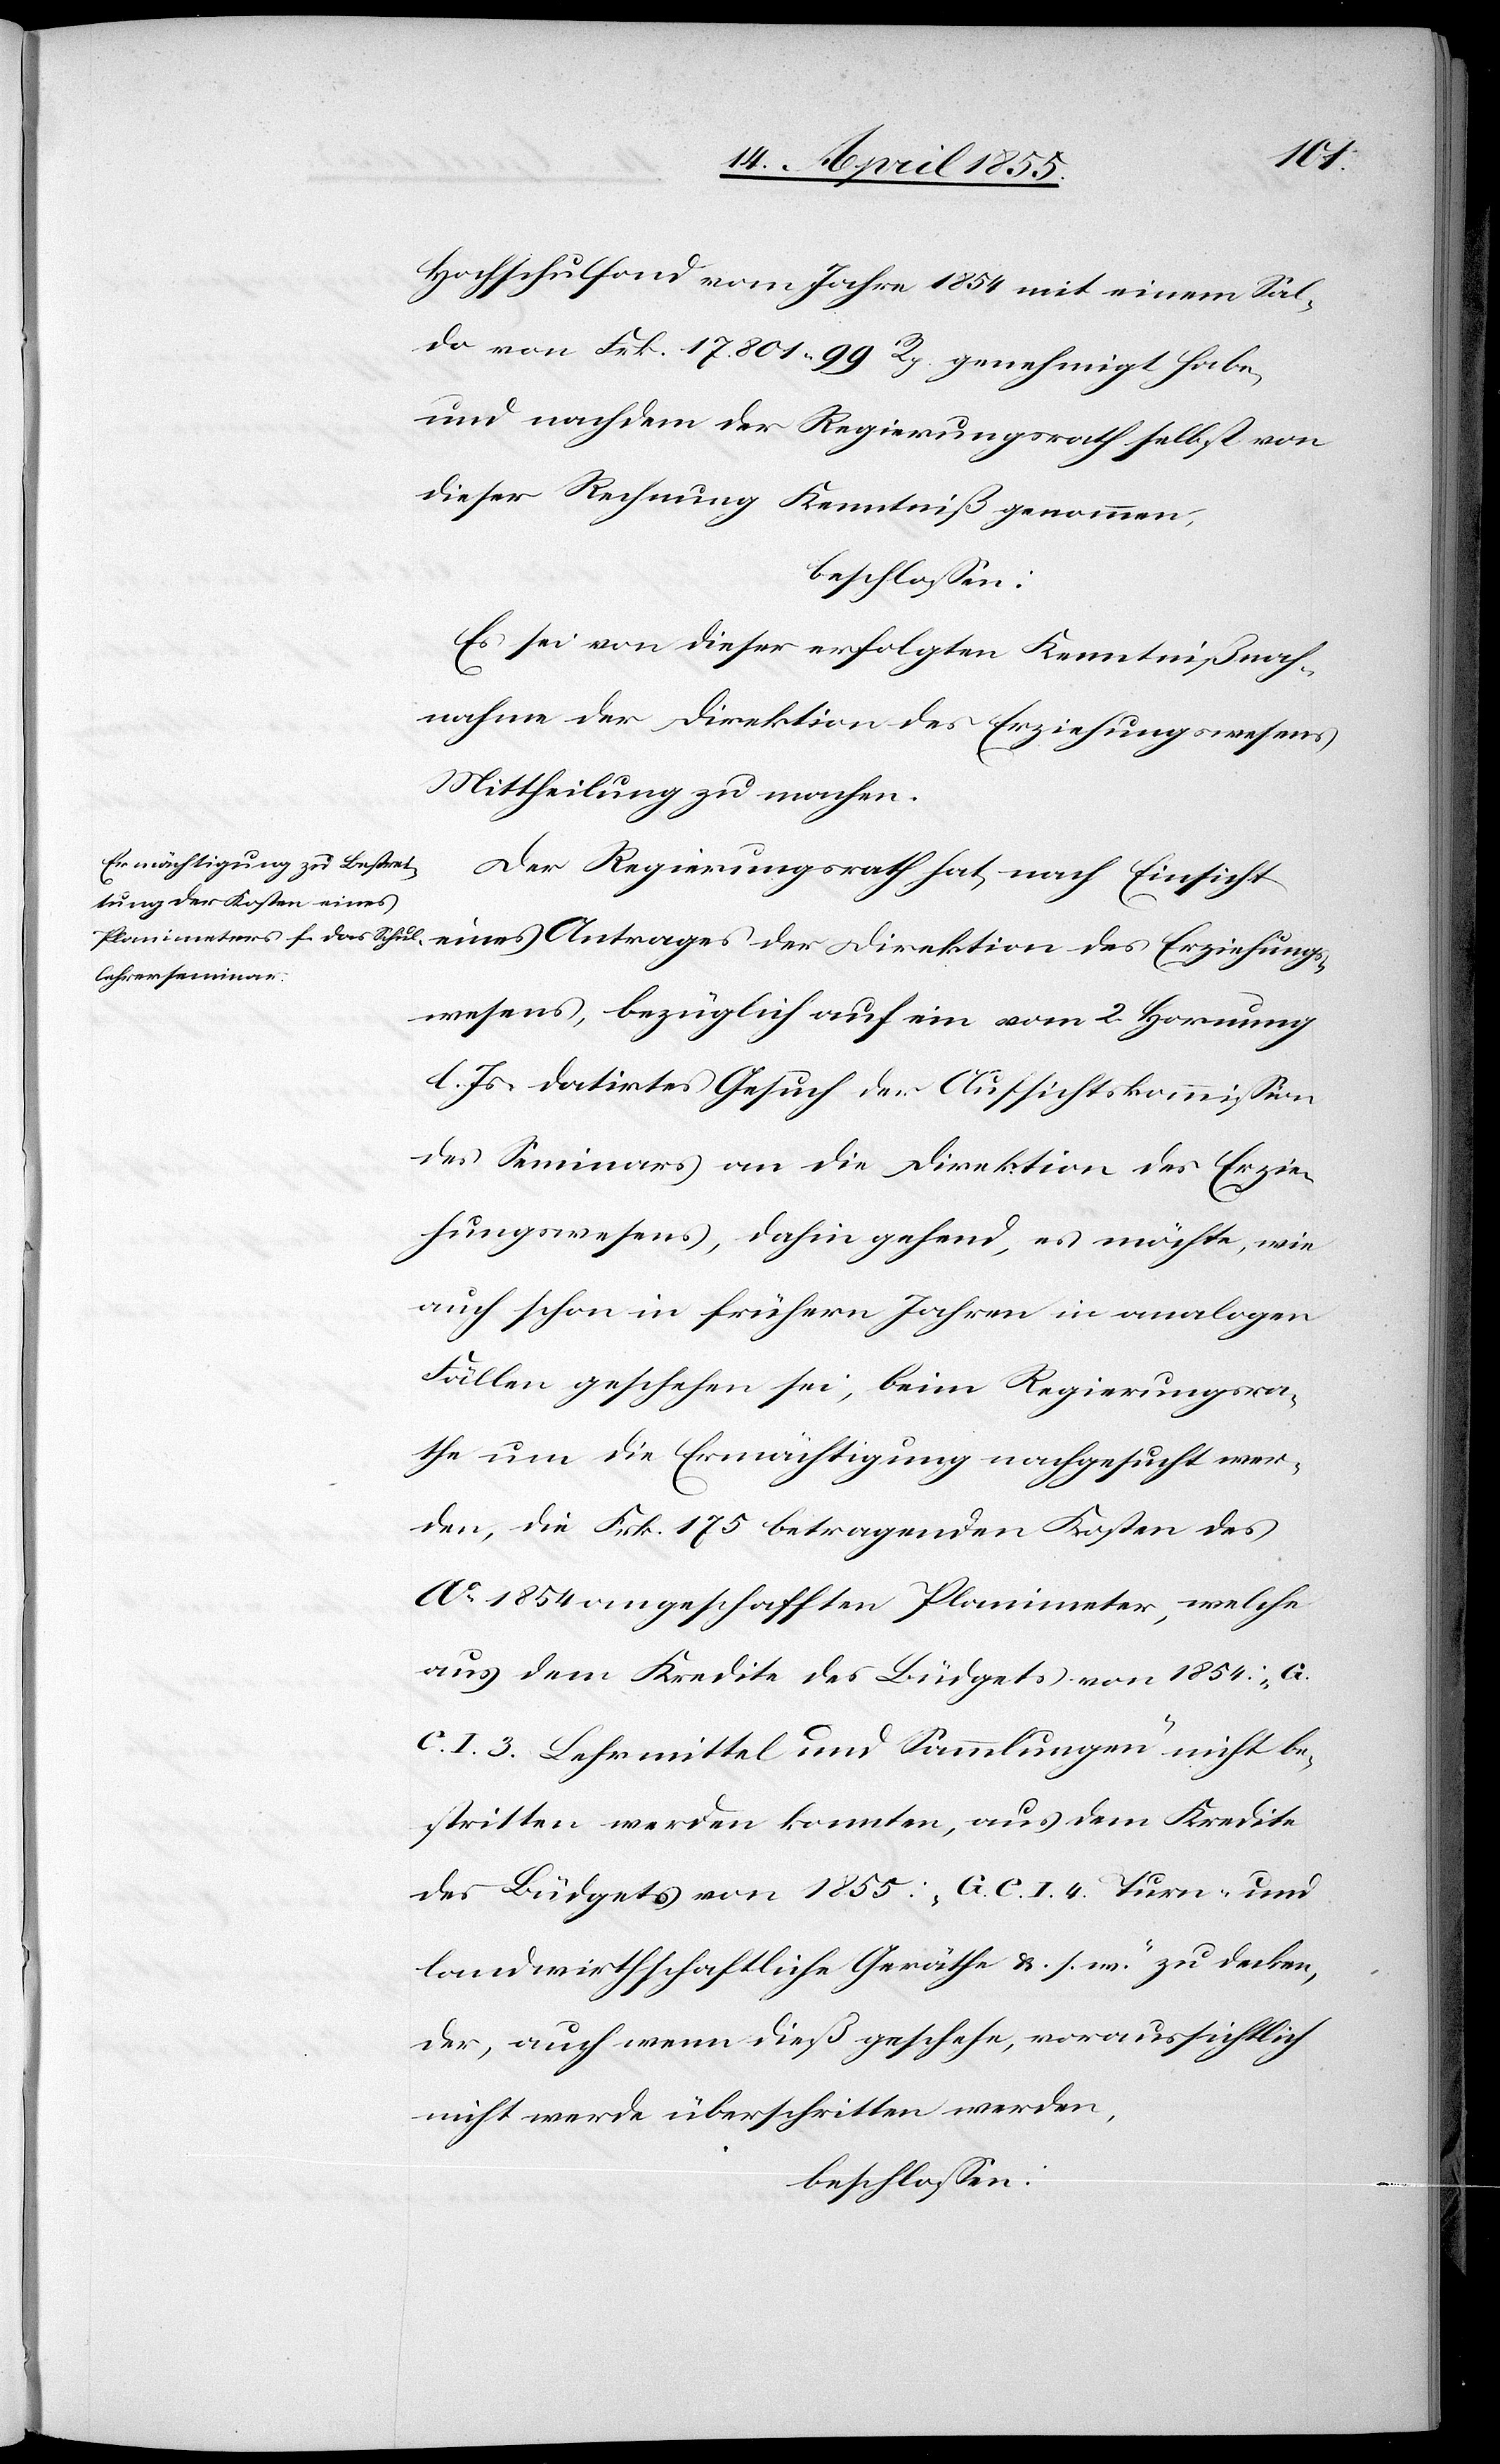
Hochschulfond vom Jahre 1854 mit einem Sal¬
do von Frk. 17,801 99 Rp. genehmigt habe,
und nachdem der Regierungsrath selbst von
dieser Rechnung Kenntniß genommen,
beschlossen:
Es sei von dieser erfolgten Kenntnißnah¬
Antrages der Direktion des Erziehungs¬
Mittheilung zu machen.
Der Regierungsrath hat, nach Einsicht
wesens, bezüglich auf ein vom 2. Hornung
l. Js. datirtes Gesuch der Aufsichtskommission
des Seminars an die Direktion des Erzie¬
hungswesens, dahin gehend, es möchte, wie
auch schon in frühern Jahren in analogen
Fällen geschehen sei, beim Regierungsra¬
the um die Ermächtigung nachgesucht wer¬
den, die Frk. 175. betragenden Kosten des
Ao 1854 angeschafften Planimeter, welche
aus dem Kredite des Büdgets von 1854: „G.
C. I. 3. Lehrmittel und Sammlungen“ nicht be¬
stritten werden konnten, aus dem Kredite
des Büdgets von 1855: „G. C. I. 4. Turn- und
landwirthschaftliche Geräthe & s. w.“ zu decken,
der, auch wenn dieß geschehe, voraussichtlich
nicht werde überschritten werden,
beschlossen: